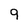
Character: 9